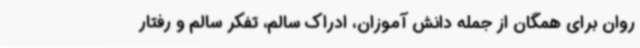
روان برای همگان از جمله دانش آموزان، ادراک سالم، تفکر سالم و رفتار